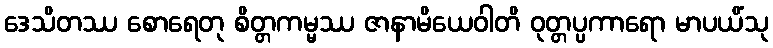
ဒေသိတဿ စောရေတု စိတ္တကမ္မဿ ဇာနာမိယေဝါတိ ဝုတ္တပ္ပကာရော မာပယိံသု